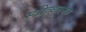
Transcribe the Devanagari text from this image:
स्त्रीत्वजनक